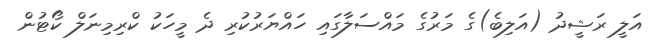
އަލީ ރަޝީދު (އަލިބެ)ގެ މަރުގެ މައްސަލާގައި ހައްޔަރުކުރި ދެ މީހަކު ކްރިމިނަލް ކޯޓުން